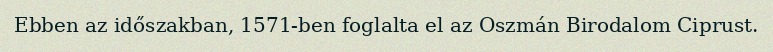
Ebben az időszakban, 1571-ben foglalta el az Oszmán Birodalom Ciprust.